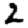
Digit: 2